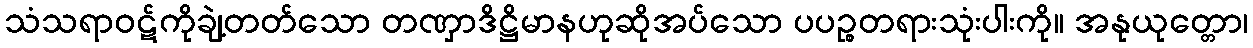
သံသရာဝဋ်ကိုချဲ့တတ်သော တဏှာဒိဋ္ဌိမာနဟုဆိုအပ်သော ပပဉ္စတရားသုံးပါးကို။ အနုယုတ္တော၊